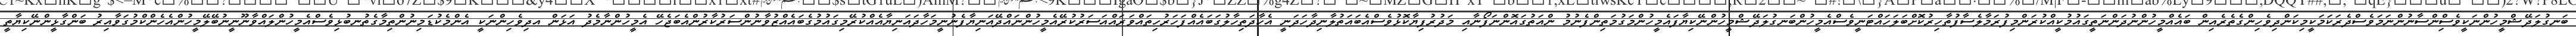
ބަނގުލަދޭޝްމީހުންނަކީވެސްިންސާނުންނަމަވެސްދެރަކަމަކީމިކަންދިވެހިންގެތެރެއިން ބައެއްމީހުންނުދަންނަތީގައުމުކީއްކުރަންމިފުރަމާލެސާފުތާހިރުކޮށްބަލަހައްޓަނީވެސްއެމީހުންބަނގުލަދޭޝްމީހުންނޭކިޔާފައެމީހުންމަގުމަތިންފެނުމު ންއަތުގައޮންނަފޯނާއި މަދުރުފިޔާކޮޅުވެސްއެބައަތުލާނިދާހަދަނީ އެހާދަތިހާލުގަބައެއްފަހަރުހިތައްވަރައްއަސަރުކުރޭއެމީހުންނައްދޭއަނިޔާފެނުނީމަހާދައަނިޔާއެއްކުރޭމިގައުމުގެބައެއްޒުވާނުންސަރުކާރުންއެބަޖެހޭ އެމީހުންނާމެދު އަޅަން އދިވެހިންނަކީ އެންމެކުޑަމިނުންތިމާގެތުނބުޅިވެސްއެމީހުންލައްވާނޫނީނުބޭލޭމީހުންއެހެންކްމުގަވާއިރު ބަންގާޅީންނޭކިޔާތީ